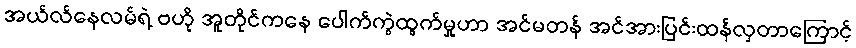
အယ်လ်နေလမ်ရဲ့ ဗဟို အူတိုင်ကနေ ပေါက်ကွဲထွက်မှုဟာ အင်မတန် အင်အားပြင်းထန်လှတာကြောင့်